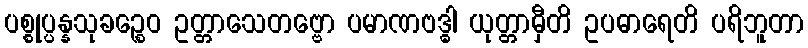
ပစ္စုပ္ပန္နသုခဉ္စေဝ ဥတ္တာသေတဗ္ဗော ပမာဏဗဒ္ဓါ ယုတ္တာမှီတိ ဥပဓာရေတိ ပရိဘူတာ